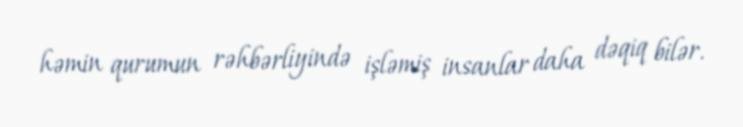
həmin qurumun rəhbərliyində işləmiş insanlar daha dəqiq bilər.